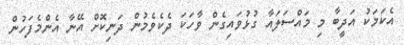
އެކަމަކު އަދީބާ މި މައްސަލައާ ގުޅުވައިގެން ވާހަކަ ދެކެވެމުން ދަނިކޮށް އޭނާ އެންމެފަހުން